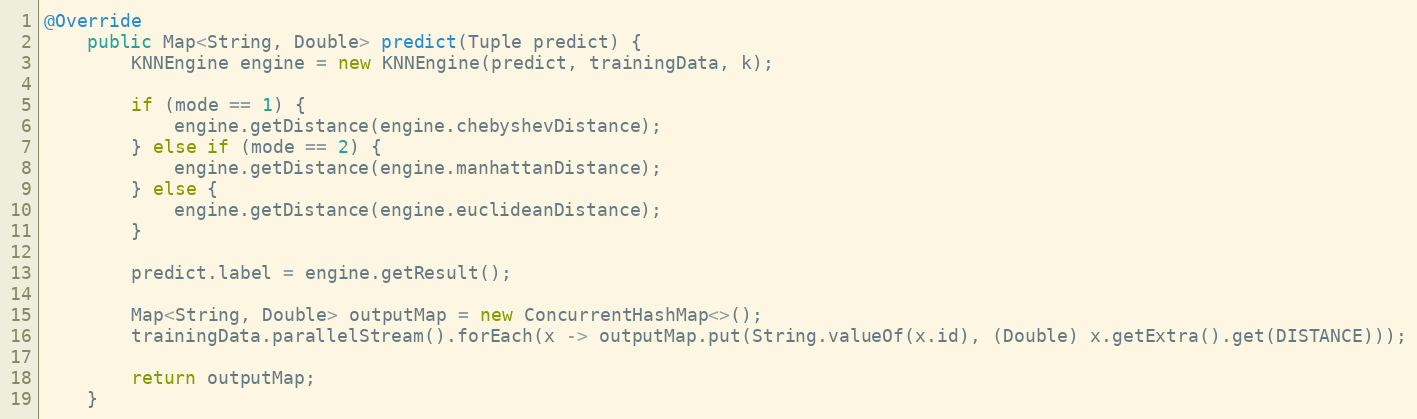
Language: Java
@Override
    public Map<String, Double> predict(Tuple predict) {
        KNNEngine engine = new KNNEngine(predict, trainingData, k);

        if (mode == 1) {
            engine.getDistance(engine.chebyshevDistance);
        } else if (mode == 2) {
            engine.getDistance(engine.manhattanDistance);
        } else {
            engine.getDistance(engine.euclideanDistance);
        }

        predict.label = engine.getResult();

        Map<String, Double> outputMap = new ConcurrentHashMap<>();
        trainingData.parallelStream().forEach(x -> outputMap.put(String.valueOf(x.id), (Double) x.getExtra().get(DISTANCE)));

        return outputMap;
    }